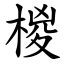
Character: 椶